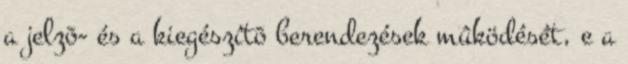
a jelzõ- és a kiegészítõ berendezések mûködését, e a